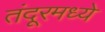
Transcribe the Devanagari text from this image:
तंदूरमध्ये